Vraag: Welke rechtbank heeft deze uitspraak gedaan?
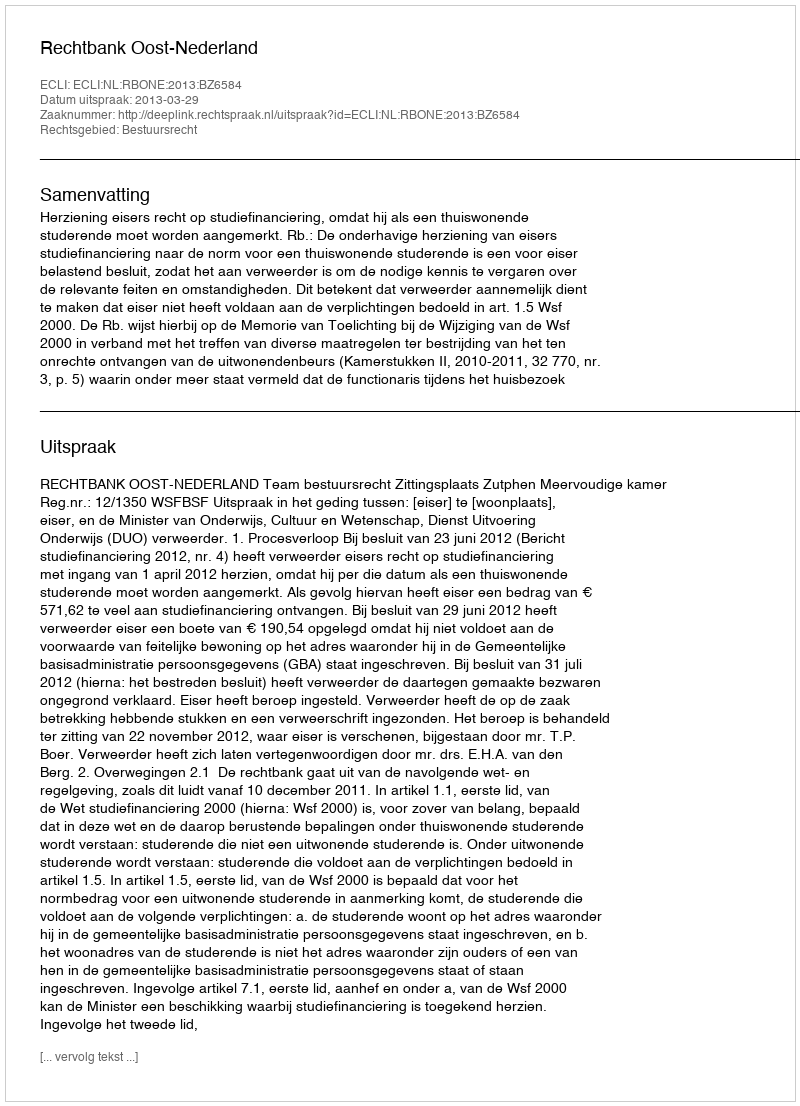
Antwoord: Rechtbank Oost-Nederland